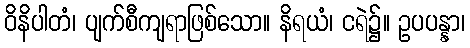
ဝိနိပါတံ၊ ပျက်စီကျရာဖြစ်သော။ နိရယံ၊ ငရဲ၌။ ဥပပန္နာ၊